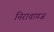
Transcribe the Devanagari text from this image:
निरावागज